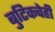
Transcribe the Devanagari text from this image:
बुटिकचेही